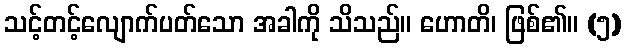
သင့်တင့်လျောက်ပတ်သော အခါကို သိသည်။ ဟောတိ၊ ဖြစ်၏။ (၅)